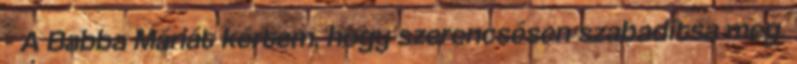
- A Babba Máriát kértem, hogy szerencsésen szabadítsa meg.